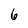
Character: 6